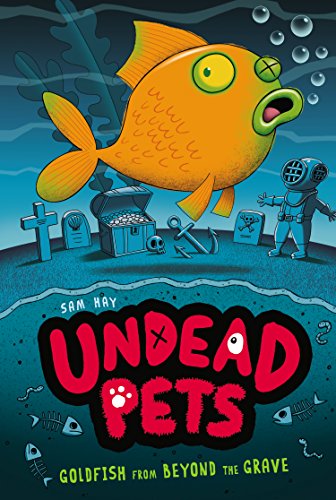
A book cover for Goldfish from Beyond the Grave #4 (Undead Pets); Sam Hay; Children's Books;